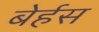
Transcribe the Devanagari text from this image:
बेर्हस